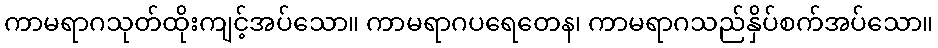
ကာမရာဂသုတ်ထိုးကျင့်အပ်သော။ ကာမရာဂပရေတေန၊ ကာမရာဂသည်နှိပ်စက်အပ်သော။